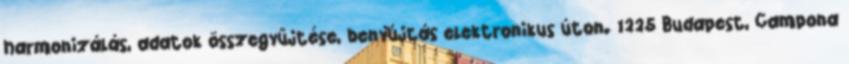
harmonizálás, adatok összegyűjtése, benyújtás elektronikus úton. 1225 Budapest, Campona